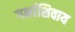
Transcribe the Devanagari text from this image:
गर्भाशिवाय